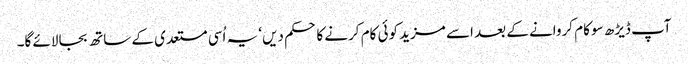
آپ ڈیڑھ سو کام کروانے کے بعد اسے مزید کوئی کام کرنے کا حکم دیں‘ یہ اُسی مستعدی کے ساتھ بجا لائے گا۔